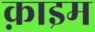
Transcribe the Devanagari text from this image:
क़ाइम